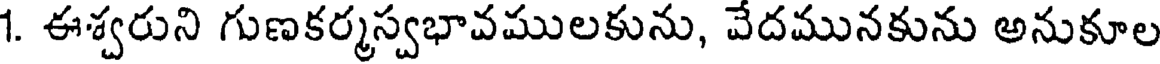
1. ఈశ్వరుని గుణకర్మస్వభావములకును, వేదమునకును అనుకూల